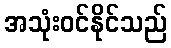
အသုံးဝင်နိုင်သည်